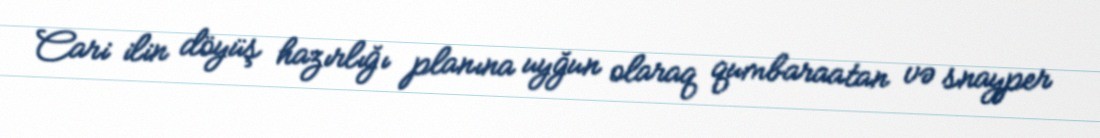
Cari ilin döyüş hazırlığı planına uyğun olaraq qumbaraatan və snayper